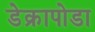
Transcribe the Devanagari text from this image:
डेक्रापोडा